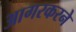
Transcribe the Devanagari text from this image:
आगरकरने